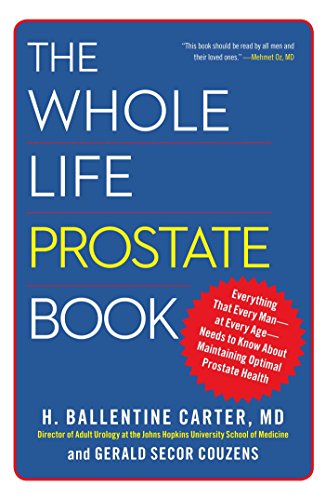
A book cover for The Whole Life Prostate Book: Everything That Every Man-at Every Age-Needs to Know About Maintaining Optimal Prostate Health; Dr. H. Ballentine Carter; Health, Fitness & Dieting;